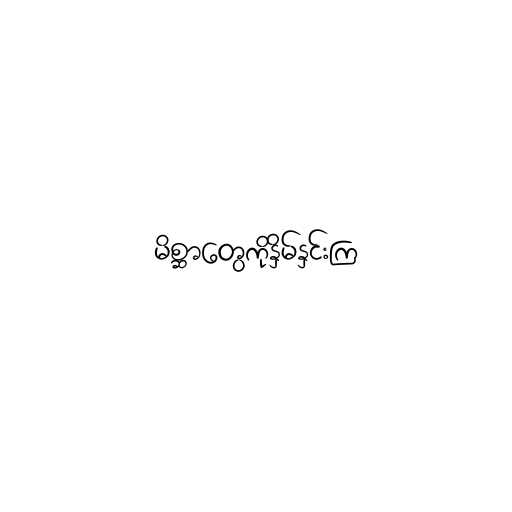
မိစ္ဆာတွေကိုနှိမ်နှင်းကြ